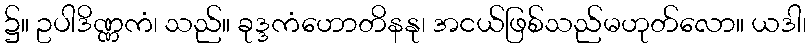
၌။ ဥပါဒိဏ္ဏကံ၊ သည်။ ခုဒ္ဒကံဟောတိနနု၊ အငယ်ဖြစ်သည်မဟုတ်လော။ ယဒါ၊